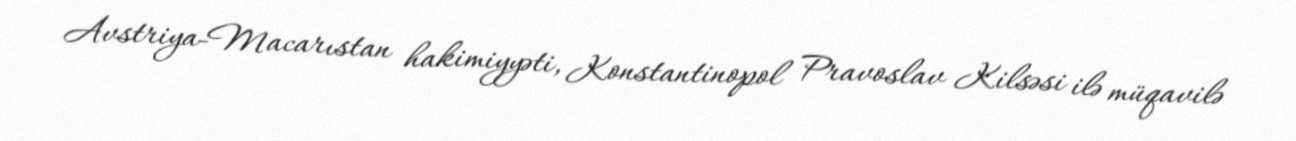
Avstriya-Macarıstan hakimiyyəti, Konstantinopol Pravoslav Kilsəsi ilə müqavilə